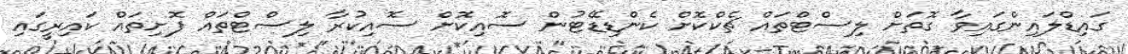
ގައިޑްލައިންގައިވާ ގޮތަށް ލިސްޓްތައް ޗެކްކޮށް ކެންޑިޑޭޓުން ސޮއިކޮށް ސޮއިކުރާ ލިސްޓްތައް ފޮށިތައް ކައިރީގައި